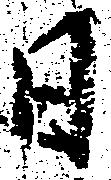
日